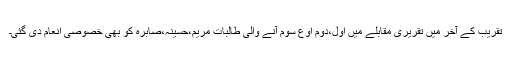
تقریب کے آخر میں تقریری مقابلے میں اول،دوم اوع سوم آنے والی طالبات مریم،حسینہ،صابرہ کو بھی خصوصی انعام دی گئی۔